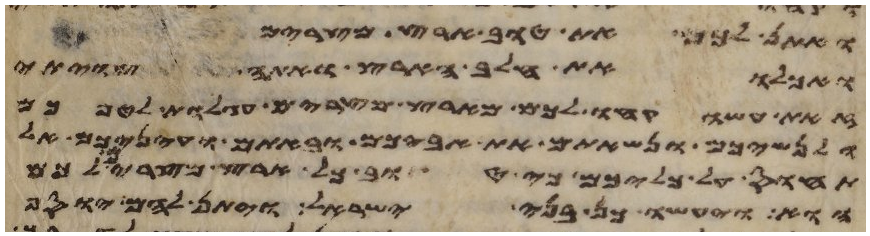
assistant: ואתן לכם את טוב ארץ מצרים
ואכלו את חלב הארץ ואתה צויתי
זאת עשו קחו לכם מארץ מצרים עגלות לטפכם
ולנשיכם ונשאתם את אביכם ובאתם ועיניכם אל
תחוס על כליכם כי טוב כל ארץ מצרים לכם
הוא ויעשו כן בני ישראל ויתן להם יוסף